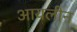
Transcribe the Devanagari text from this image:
आयलीन